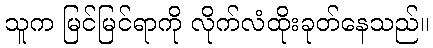
သူက မြင်မြင်ရာကို လိုက်လံထိုးခုတ်နေသည်။